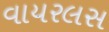
વાયરલસ